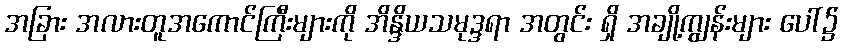
အခြား အလားတူအကောင်ကြီးများကို အိန္ဒိယသမုဒ္ဒရာ အတွင်း ရှိ အချို့ကျွန်းများ ပေါ်၌